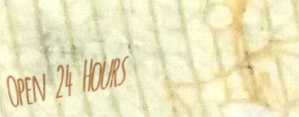
Open 24 Hours